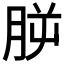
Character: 𣍮